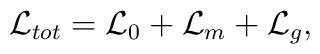
\mathcal{L}_{tot} = \mathcal{L}_0 + \mathcal{L}_m + \mathcal{L}_g,